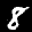
Label: 8